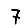
Digit: 7